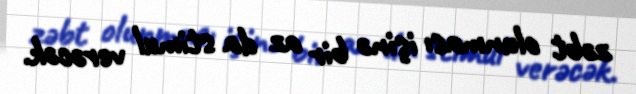
zəbt olunması işinə bir az da stimul verəcək.